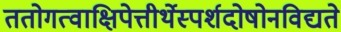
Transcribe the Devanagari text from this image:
ततोगत्वाक्षिपेत्तीर्थेस्पर्शदोषोनविद्यते